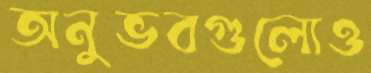
অনুভবগুলোও